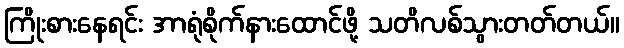
ကြိုးစားနေရင်း အာရုံစိုက်နားထောင်ဖို့ သတိလစ်သွားတတ်တယ်။